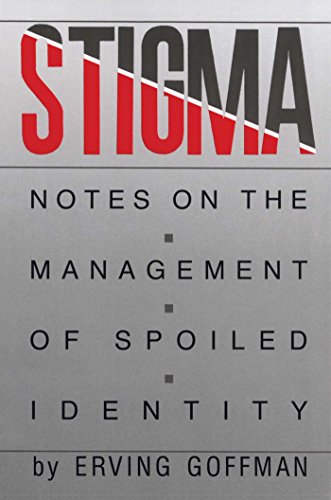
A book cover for Stigma: Notes on the Management of Spoiled Identity; Erving Goffman; Medical Books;